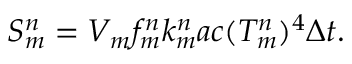
S _ { m } ^ { n } = V _ { m } f _ { m } ^ { n } k _ { m } ^ { n } a c ( T _ { m } ^ { n } ) ^ { 4 } \Delta t .